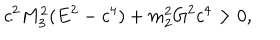
c ^ { 2 } M _ { 3 } ^ { 2 } ( E ^ { 2 } - c ^ { 4 } ) + m _ { 2 } ^ { 2 } G ^ { 2 } c ^ { 4 } > 0 ,